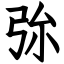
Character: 㢱